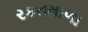
રકતમાળા